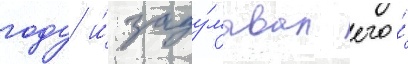
году и́ заду́мывал его́